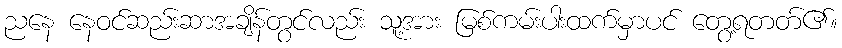
ညနေ နေဝင်ဆည်းဆာအချိန်တွင်လည်း သူ့အား မြစ်ကမ်းပါးထက်မှာပင် တွေ့ရတတ်၏။